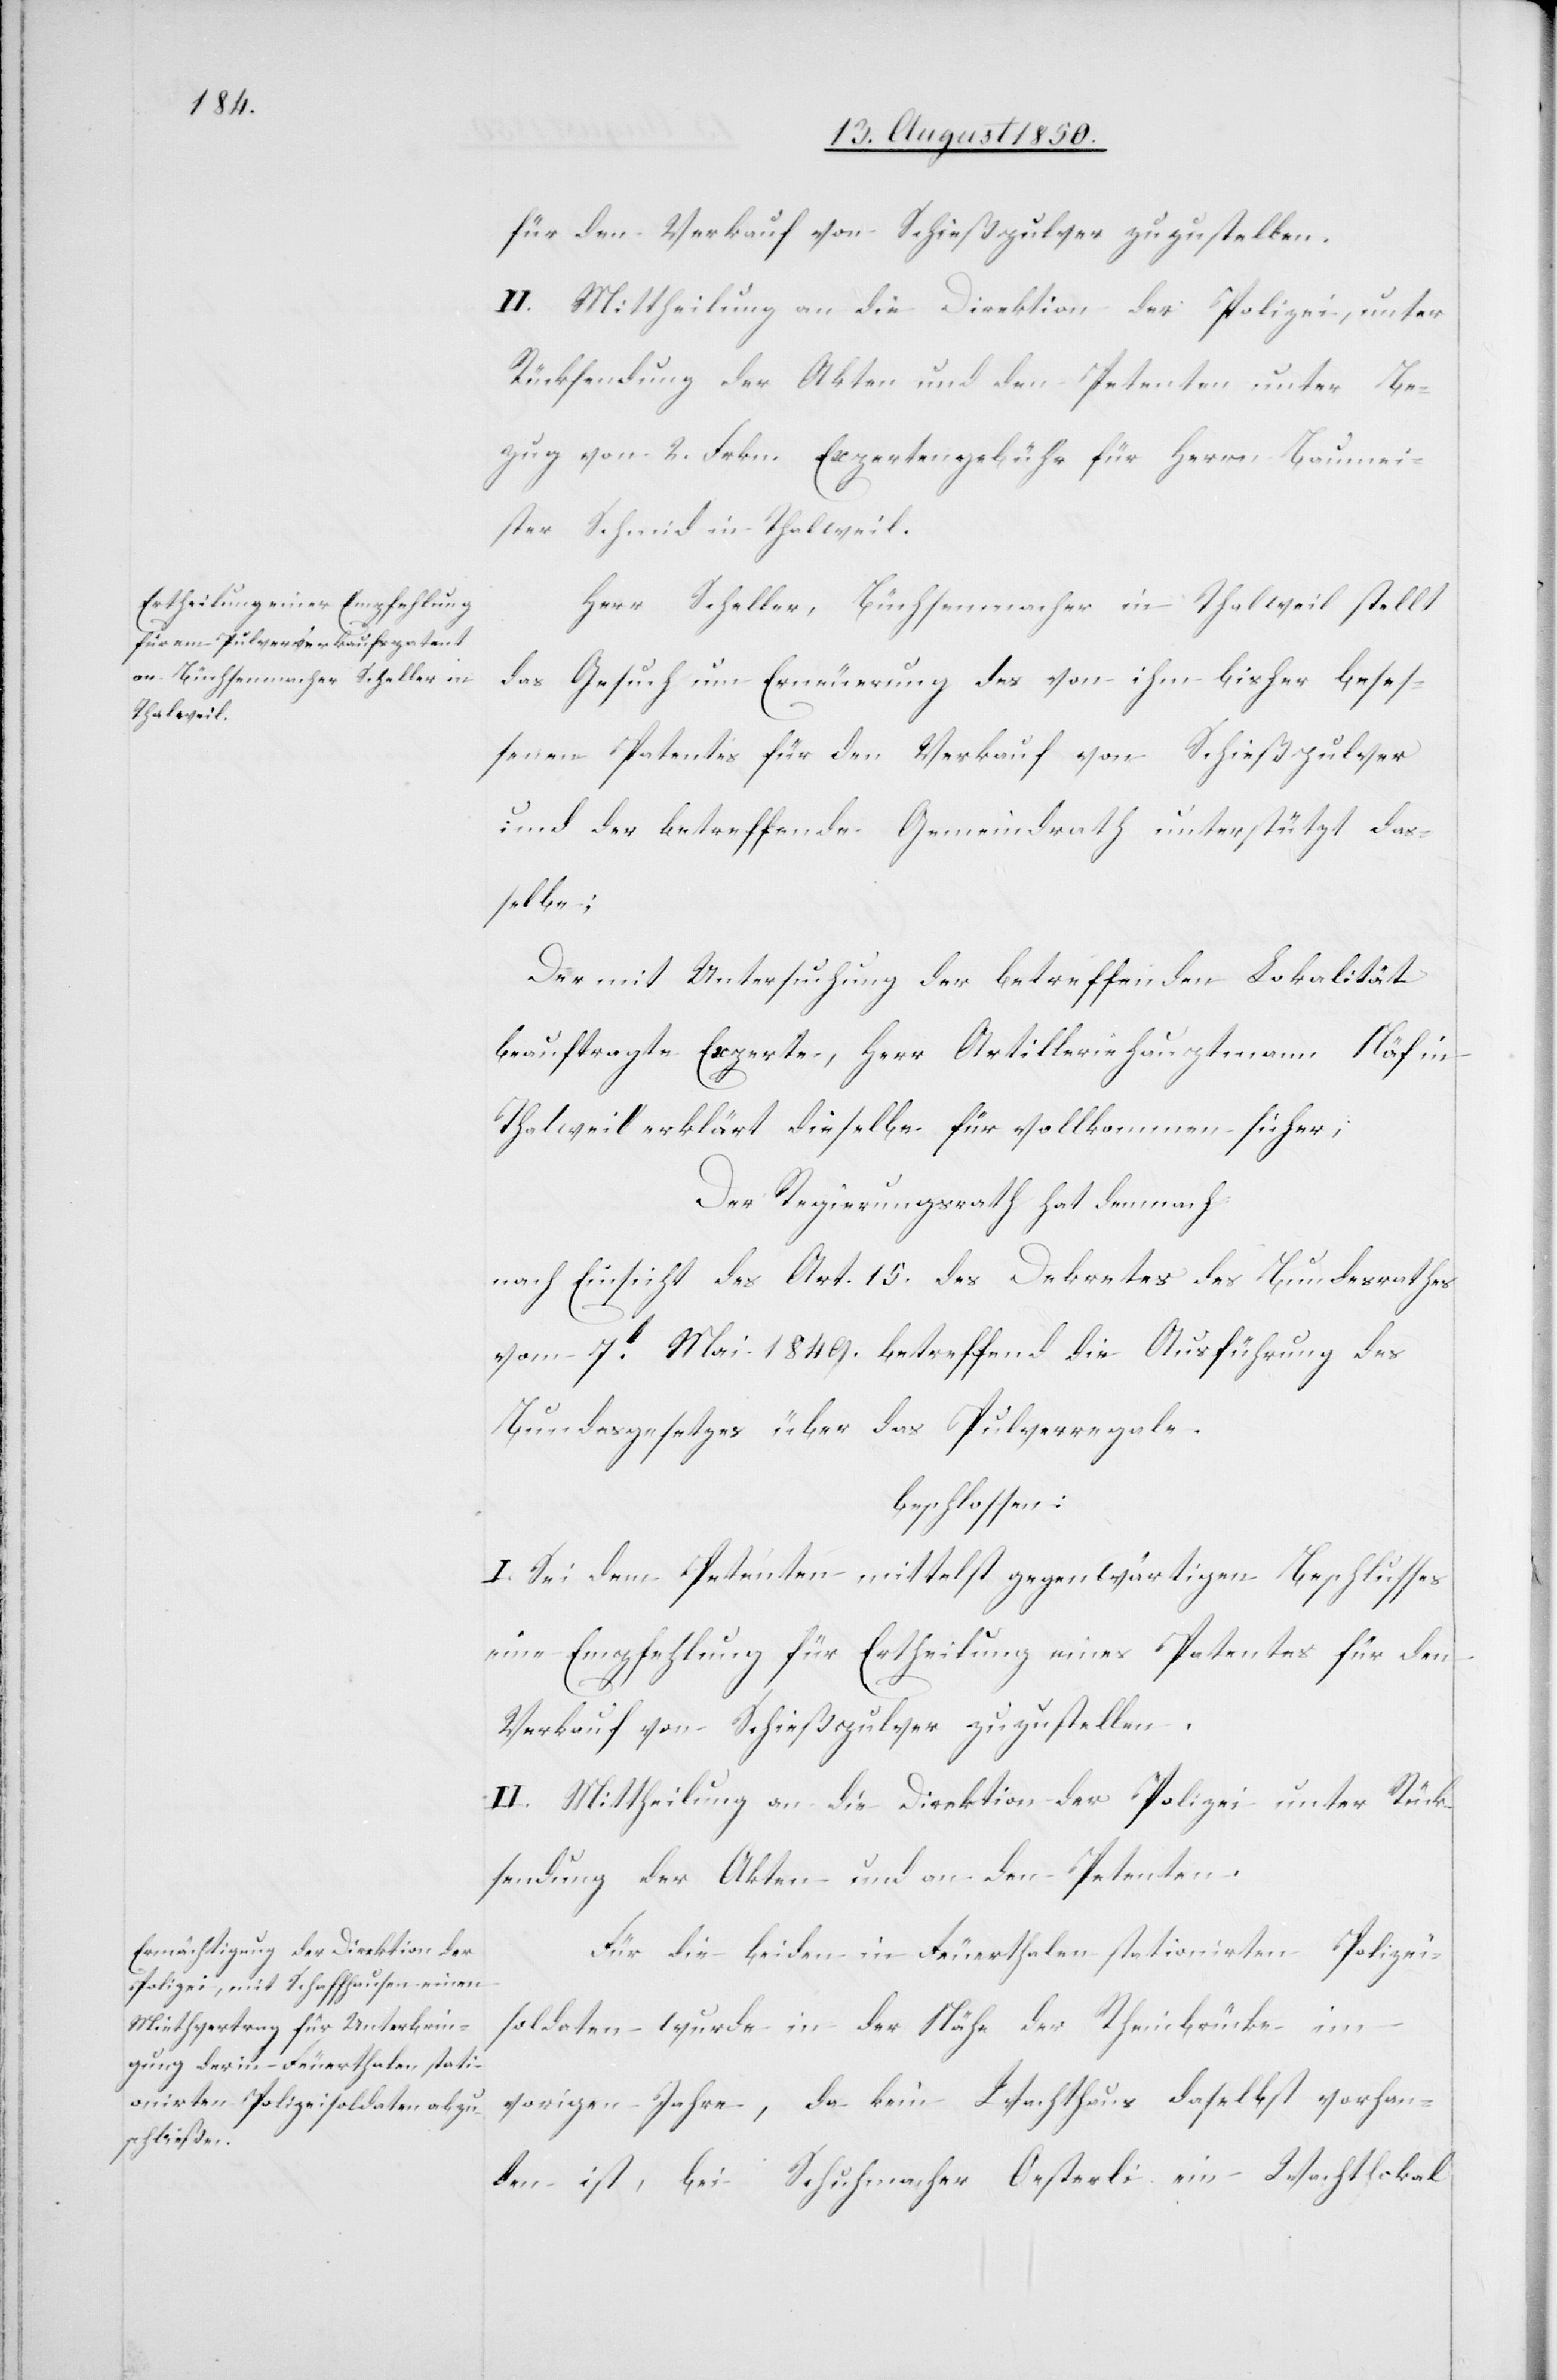
für den Verkauf von Schießpulver zuzustellen.
II. Mittheilung an die Direktion der Polizei, unter
Rücksendung der Akten und den Petenten unter Be¬
zug von 2. Frkn. Expertengebühr für Herrn Baumei¬
ster Schmid in Thalweil.
Herr Scheller, Büchsenmacher in Thalweil stellt
das Gesuch um Erneuerung des von ihm bisher beses¬
senen Patentes für den Verkauf von Schießpulver
und der betreffende Gemeindrath unterstützt das¬
selbe;
Der mit Untersuchung der betreffenden Lokalität
beauftragte Experte, Herr Artilleriehauptmann Näf in
Thalweil erklärt dieselbe für vollkommen sicher;
Der Regierungsrath hat demnach
Nach Einsicht des Art. 15. des Dekrets des Bundesrathes
vom 7t Mai 1849. betreffend die Ausführung des
Bundesgesetzes über das Pulverregale.
beschlossen:
I. Sei dem Petenten mittelst gegenwärtigen Beschlusses
eine Empfehlung zur Ertheilung eines Patentes für den
Verkauf von Schießpulver zuzustellen.
II. Mittheilung an die Direktion der Polizei unter Rück¬
sendung der Akten und an den Petenten.
Für die beiden in Feuerthalen stationirten Polizei¬
soldaten wurde in der Nähe der Rheinbrücke im
vorigen Jahre, da kein Wachthaus daselbst vorhan¬
den ist, bei Schuhmacher Oesterli ein Wachtlokal